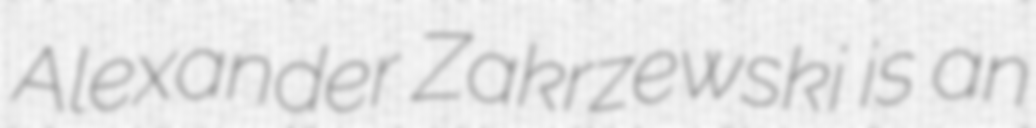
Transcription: Alexander Zakrzewski is an